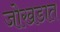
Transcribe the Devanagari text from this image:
जोखडात